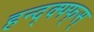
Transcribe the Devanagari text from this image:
हन्द्क्फ्फ्स्